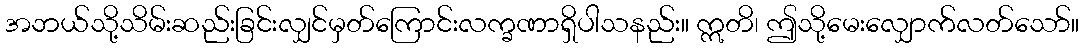
အဘယ်သို့သိမ်းဆည်းခြင်းလျှင်မှတ်ကြောင်းလက္ခဏာရှိပါသနည်း။ ဣတိ၊ ဤသို့မေးလျှောက်လတ်သော်။